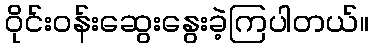
ဝိုင်းဝန်းဆွေးနွေးခဲ့ကြပါတယ်။